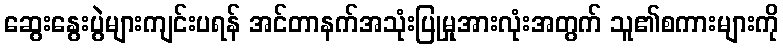
ဆွေးနွေးပွဲများကျင်းပရန် အင်တာနက်အသုံးပြုမှုအားလုံးအတွက် သူ၏စကားများကို